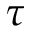
\tau